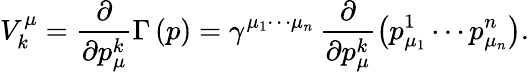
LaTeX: V_{k}^{\mu}=\frac\partial{\partial p_{\mu}^{k}}\Gamma\left(p\right)=\gamma^{\mu_{1}\cdots\mu_{n}}\, \frac\partial{\partial p_{\mu}^{k}}\left(p_{\mu_{1}}^{1}\cdots p_{\mu_{n}}^{n}\right).